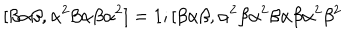
LaTeX: \lbrack \beta \alpha \beta , \alpha ^ { 2 } \beta \alpha \beta \alpha ^ { 2 } ] = 1 ; [ \beta \alpha \beta , \alpha ^ { 2 } \beta \alpha ^ { 2 } \beta \alpha \beta \alpha ^ { 2 } \beta ^ { 2 }